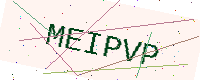
Text: MEIPVP